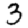
Digit: 3